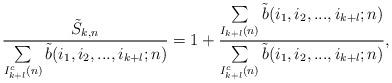
LaTeX: \begin{align*}\frac{\tilde{S}_{k,n}}{\sum\limits_{\substack{I^{c}_{k+l}(n)}} \tilde{b}(i_{1},i_{2},...,i_{k+l};n)}=1+ \frac{\sum\limits_{\substack{I_{k+l}(n)}} \tilde{b}(i_{1},i_{2},...,i_{k+l};n)}{\sum\limits_{\substack{I^{c}_{k+l}(n)}} \tilde{b}(i_{1},i_{2},...,i_{k+l};n)},\end{align*}